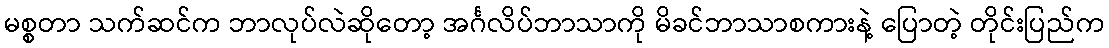
မစ္စတာ သက်ဆင်က ဘာလုပ်လဲဆိုတော့ အင်္ဂလိပ်ဘာသာကို မိခင်ဘာသာစကားနဲ့ ပြောတဲ့ တိုင်းပြည်က